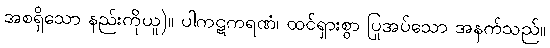
အစရှိသော နည်းကိုယူ)။ ပါကဋကရဏံ၊ ထင်ရှားစွာ ပြုအပ်သော အနက်သည်။